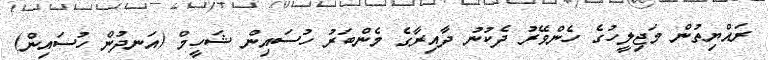
ރައްޔިތުން މަޖިލީހުގެ ހެންވޭރު ދެކުނު ދާއިރާގެ މެންބަރު ހުސައިން ޝަހީމް (އަނދުން ހުސައިން)